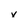
Character: v